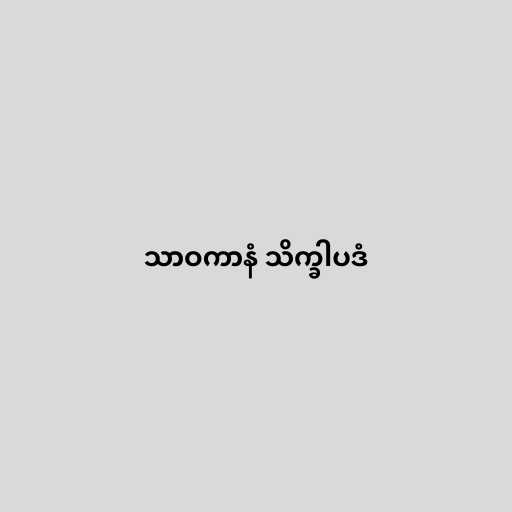
သာဝကာနံ သိက္ခါပဒံ